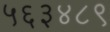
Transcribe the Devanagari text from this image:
५६३४८९